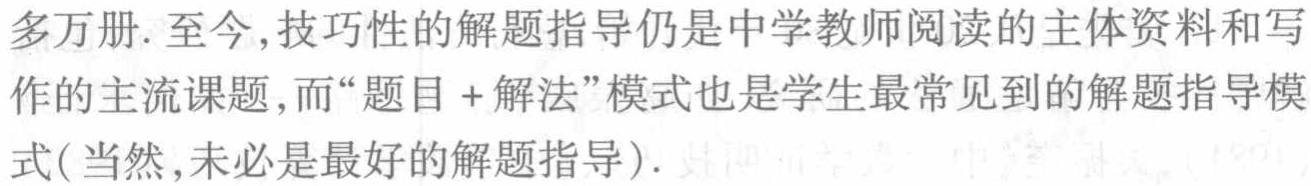
多万册. 至今,技巧性的解题指导仍是中学教师阅读的主体资料和写
作的主流课题,而“题目+解法”模式也是学生最常见到的解题指导模
式(当然,未必是最好的解题指导).